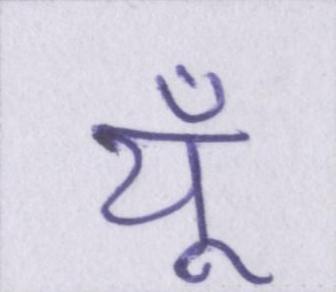
यूँ